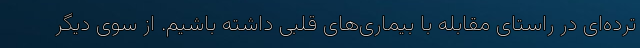
ترده‌ای در راستای مقابله با بیماری‌های قلبی داشته باشیم. از سوی دیگر